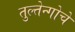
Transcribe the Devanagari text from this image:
तुल्तेन्गोचे